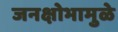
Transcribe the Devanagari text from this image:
जनक्षोभामुळे